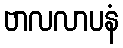
ဗာလလာပနံ